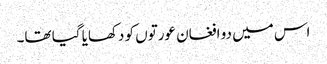
اس میں دو افغان عورتوں کو دکھایا گیا تھا۔